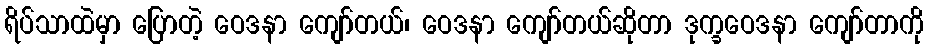
ရိပ်သာထဲမှာ ပြောတဲ့ ဝေဒနာ ကျော်တယ်၊ ဝေဒနာ ကျော်တယ်ဆိုတာ ဒုက္ခဝေဒနာ ကျော်တာကို